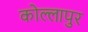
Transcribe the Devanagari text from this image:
कोल्लापुर